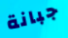
جبانة